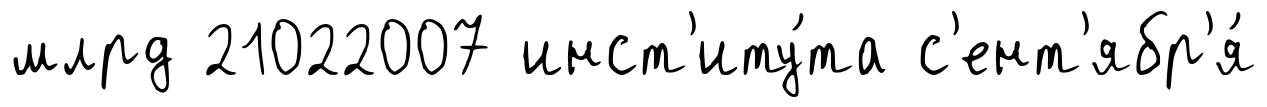
млрд 21022007 инст'иту́та с'ент'ябр'я́